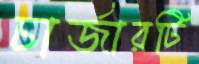
চার্জারটি